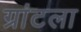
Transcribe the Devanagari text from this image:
ग्रांटला